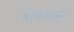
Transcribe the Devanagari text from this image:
डावलली